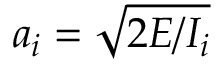
a _ { i } = \sqrt { 2 E / I _ { i } }